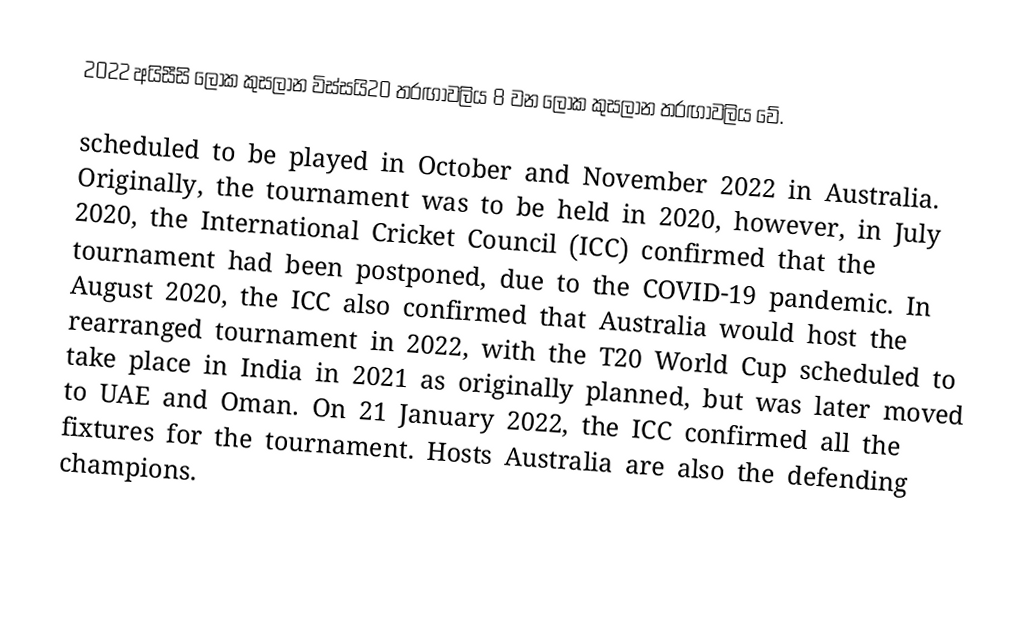
2022 අයිසීසි ලෝක කුසලාන විස්සයි20 තරඟාවලිය 8 වන ලෝක කුසලාන තරඟාවලිය වේ.

 scheduled to be played in October and November 2022 in Australia. Originally, the tournament was to be held in 2020, however, in July 2020, the International Cricket Council (ICC) confirmed that the tournament had been postponed, due to the COVID-19 pandemic. In August 2020, the ICC also confirmed that Australia would host the rearranged tournament in 2022, with the T20 World Cup scheduled to take place in India in 2021 as originally planned, but was later moved to UAE and Oman. On 21 January 2022, the ICC confirmed all the fixtures for the tournament. Hosts Australia are also the defending champions.